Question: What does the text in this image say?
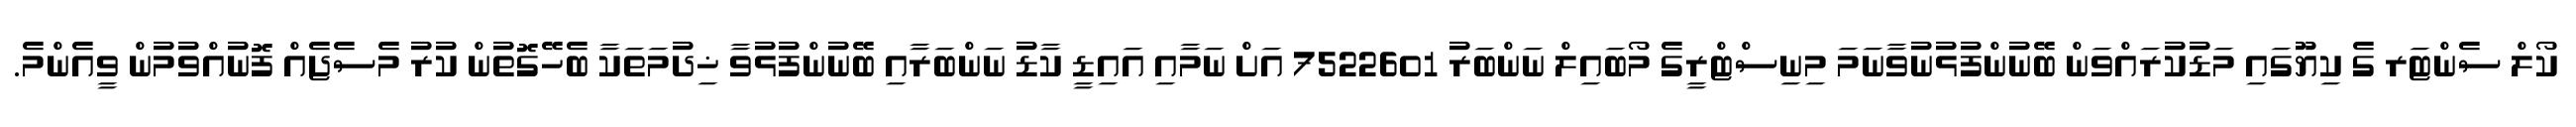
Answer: ކޯލް ސެންޓަރ ގެ ކިޔޫގައި މަޑުކުރައްވަން ބޭނުންފުޅުނުވާނަމަ މިނިސްޓްރީގެ މޯބައިލް ނަންބަރު 7522601 އަށް ނަމާއި އައިޑީ ކާޑު ނަންބަރާއި ބޭނުންފުޅުވާ ޚިދުމަތަކާ ބެހޭގޮތުން ކުރު މެސެޖެއް ފޮނުއްވުމުން ވީއެންމެ.